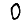
Digit: 0